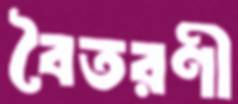
বৈতরণী